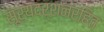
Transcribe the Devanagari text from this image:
सूर्यदर्शनरहित